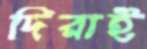
দিরাই